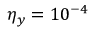
\eta _ { y } = 1 0 ^ { - 4 }